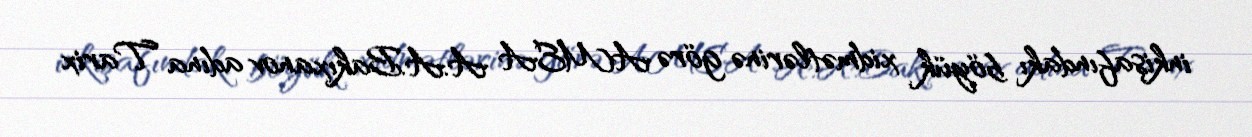
inkişafındakı böyük xidmətlərinə görə AMEA A.A.Bakıxanov adına Tarix